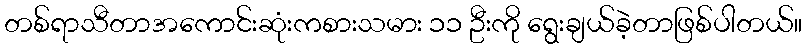
တစ်ရာသီတာအကောင်းဆုံးကစားသမား ၁၁ ဦးကို ရွေးချယ်ခဲ့တာဖြစ်ပါတယ်။